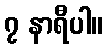
၇ နာရီပါ။